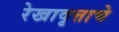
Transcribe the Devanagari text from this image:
रेखावृत्ताचे